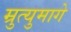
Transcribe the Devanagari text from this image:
म्रुत्युमागे